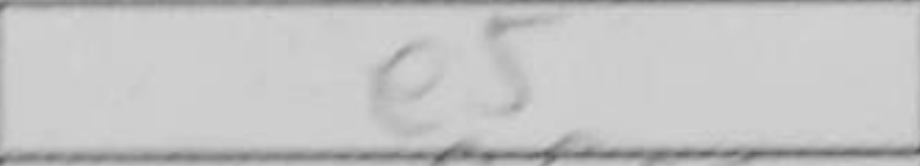
Transcription: e5